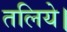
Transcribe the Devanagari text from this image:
तलिये।